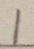
1